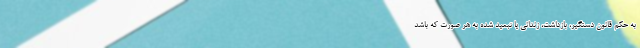
به حكم قانون دستگیر، بازداشت، زندانی یا تبعید شده به هر صورت كه باشد